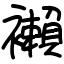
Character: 襰